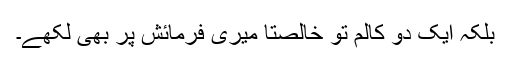
بلکہ ایک دو کالم تو خالصتا میری فرمائش پر بھی لکھے۔